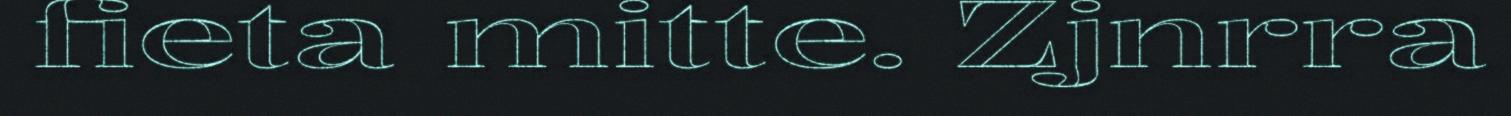
fieta mitte. Zjnrra